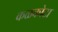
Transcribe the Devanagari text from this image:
कळकोटा